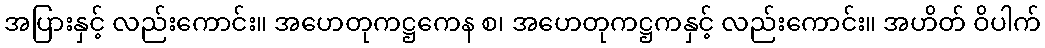
အပြားနှင့် လည်းကောင်း။ အဟေတုကဋ္ဌကေန စ၊ အဟေတုကဋ္ဌကနှင့် လည်းကောင်း။ အဟိတ် ဝိပါက်